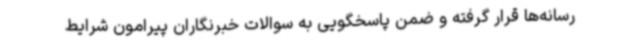
رسانه‌ها قرار گرفته و ضمن پاسخگویی به سوالات خبرنگاران پیرامون شرایط